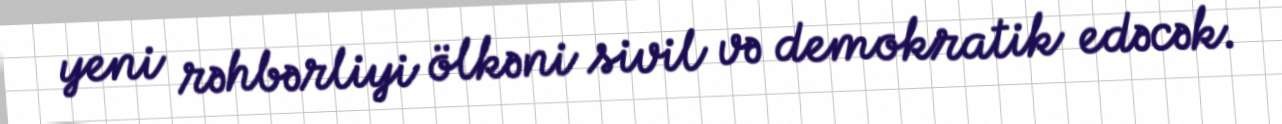
yeni rəhbərliyi ölkəni sivil və demokratik edəcək.